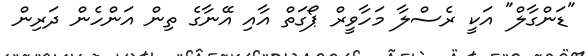
"ޑަންގާލް" އަކީ ރެސްލާ މަހާވީރް ޕޯގަތް އާއި އޭނާގެ ތިން އަންހެން ދަރިން